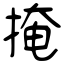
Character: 掩